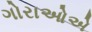
ગોરાઓએ